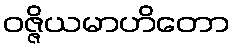
ဝဇ္ဇိယမာဟိတော